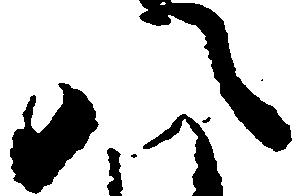
八